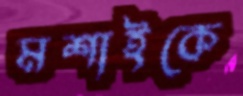
মশাইকে